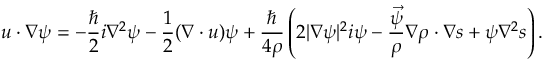
\boldsymbol { u } \cdot \boldsymbol { \nabla } \boldsymbol { \psi } = - \frac { \hbar } { 2 } \boldsymbol { i } \nabla ^ { 2 } \boldsymbol { \psi } - \frac 1 2 ( \boldsymbol { \nabla } \cdot \boldsymbol { u } ) \boldsymbol { \psi } + \frac { \hbar } { 4 \rho } \left( 2 | \boldsymbol { \nabla } \boldsymbol { \psi } | ^ { 2 } \boldsymbol { i \psi } - \frac { \vec { \psi } } { \rho } \boldsymbol { \nabla } \rho \cdot \boldsymbol { \nabla } \boldsymbol { s } + \boldsymbol { \psi } \nabla ^ { 2 } \boldsymbol { s } \right) .